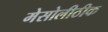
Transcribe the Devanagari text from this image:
मेसोलीठीक